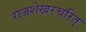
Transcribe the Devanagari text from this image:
राजशेखरचरित्